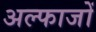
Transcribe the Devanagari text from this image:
अल्फाजों